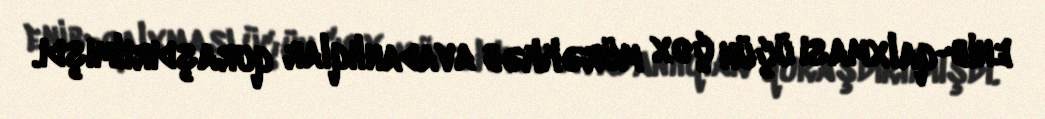
enib-qalxması üçün çox mürəkkəb avadanlıqlar quraşdırılmışdı.